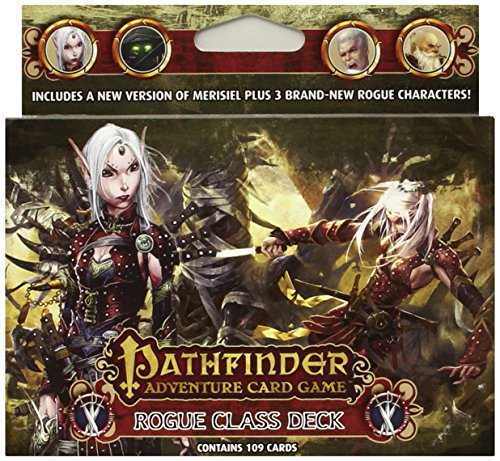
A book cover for Pathfinder Adventure Card Game: Rogue Class Deck; Mike Selinker; Science Fiction & Fantasy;